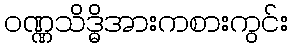
ဝဏ္ဏသိဒ္ဓိအားကစားကွင်း